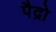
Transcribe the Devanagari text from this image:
पैद्रो